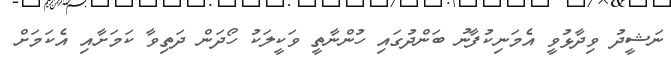
ނަޝީދު ވިދާޅުވީ އެމަނިކުފާނު ބަންދުގައި ހުންނާތީ ވަކީލަކު ހޯދަން ދަތިވާ ކަމަށާއި އެކަމަށް